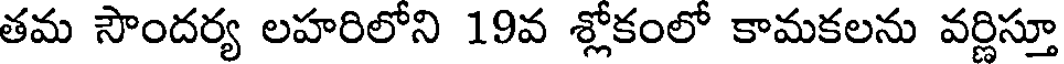
తమ సౌందర్య లహరిలోని 19వ శ్లోకంలో కామకలను వర్ణిస్తూ